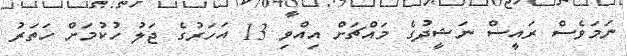
ނަމަވެސް ރައީސް ނަޝީދުގެ މައްޗަށް އިއްވި 13 އަހަރުގެ ޖަލު ހުކުމަށް ހަތަރު